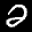
Label: 2